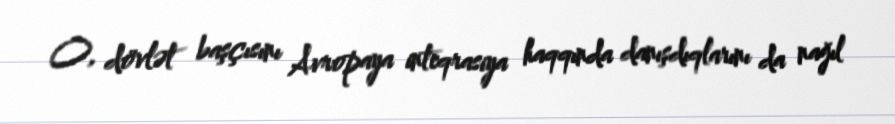
O, dövlət başçısını Avropaya inteqrasiya haqqında danışdıqlarını da nağıl